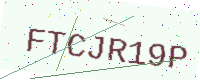
Text: FTCJR19P